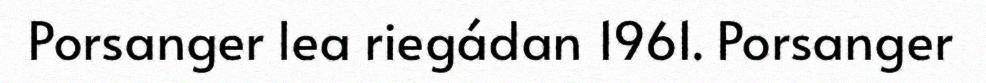
Porsanger lea riegádan 1961. Porsanger